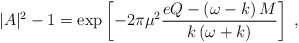
\begin{align*}|A|^2 - 1 = \exp\left[ - 2 \pi \mu^2 \frac{e Q - \left( \omega - k \right)M}{k \left( \omega + k \right)} \right] \; ,\end{align*}